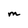
Character: M